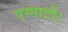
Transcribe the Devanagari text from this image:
एस्पार्टो।